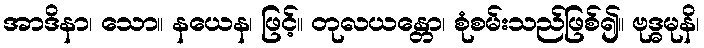
အာဒိနာ၊ သော။ နယေန၊ ဖြင့်။ တုလယန္တော၊ စုံစမ်းသည်ဖြစ်၍။ ဗုဒ္ဓမုနိ၊